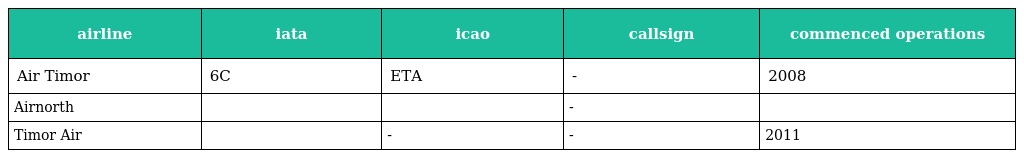
| airline | iata | icao | callsign | commenced operations |
 | --- | --- | --- | --- | --- |
 | Air Timor | 6C | ETA | - | 2008 |
 | Airnorth |  |  | - |  |
 | Timor Air |  | - | - | 2011 |